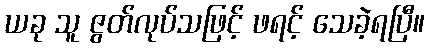
ယခု သူ ဇွတ်လုပ်သဖြင့် ဖရင့် သေခဲ့ရပြီ။